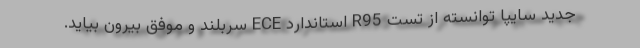
جدید سایپا توانسته از تست R95 استاندارد ECE سربلند و موفق بیرون بیاید.